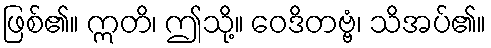
ဖြစ်၏။ ဣတိ၊ ဤသို့။ ဝေဒိတဗ္ဗံ၊ သိအပ်၏။